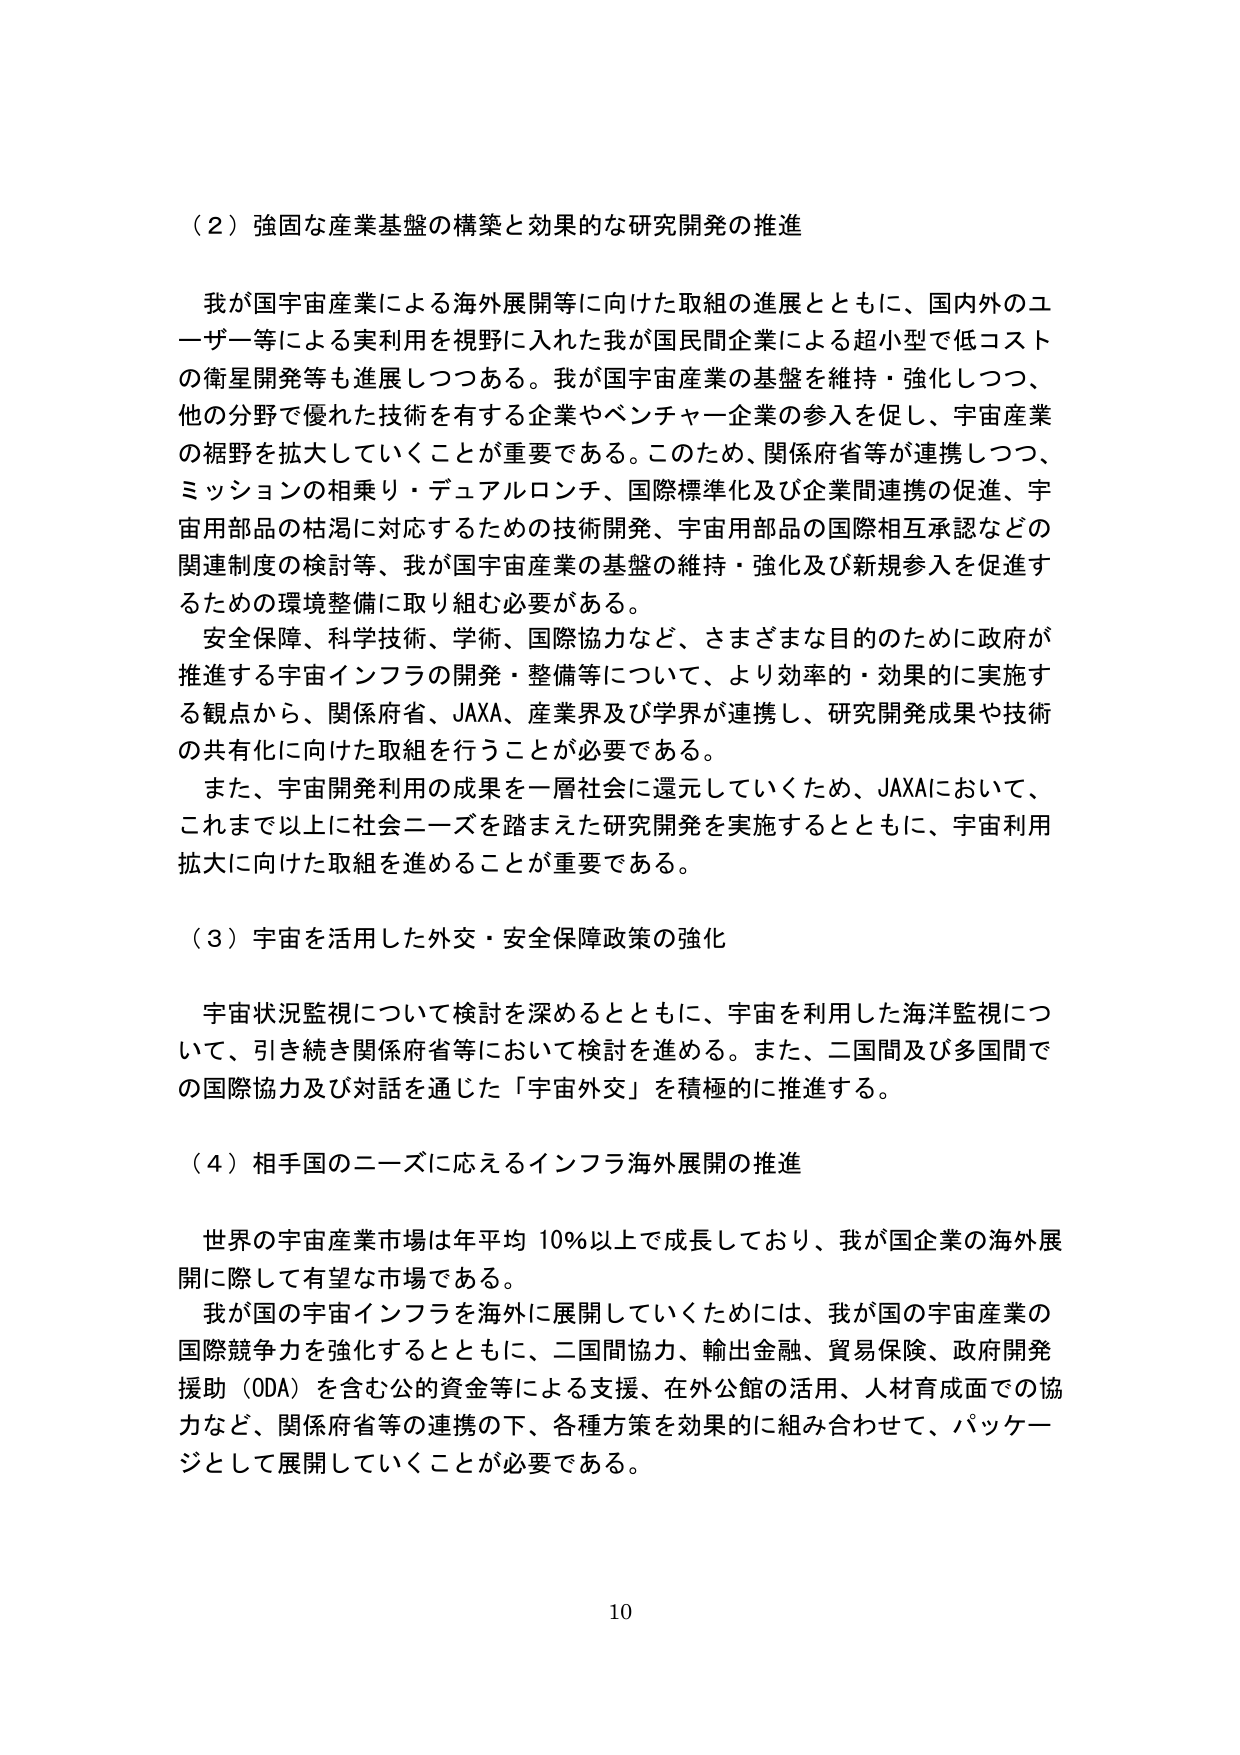
（２）強固な産業基盤の構築と効果的な研究開発の推進

我が国宇宙産業による海外展開等に向けた取組の進展とともに、国内外のユーザー等による実利用を視野に入れた我が国民間企業による超小型で低コストの衛星開発等も進展しつつある。我が国宇宙産業の基盤を維持・強化しつつ、他の分野で優れた技術を有する企業やベンチャー企業の参入を促し、宇宙産業の裾野を拡大していくことが重要である。このため、関係府省等が連携しつつ、ミッションの相乗り・デュアルローンチ、国際標準化及び企業間連携の促進、宇宙用部品の枯渇に対応するための技術開発、宇宙用部品の国際相互承認などの関連制度の検討等、我が国宇宙産業の基盤の維持・強化及び新規参入を促進するための環境整備に取り組む必要がある。

安全保障、科学技術、学術、国際協力など、さまざまな目的のために政府が推進する宇宙インフラの開発・整備等について、より効率的・効果的に実施する観点から、関係府省、JAXA、産業界及び学界が連携し、研究開発成果や技術の共有化に向けた取組を行うことが必要である。

また、宇宙開発利用の成果を一層社会に還元していくため、JAXAにおいて、これまで以上に社会ニーズを踏まえた研究開発を実施するとともに、宇宙利用拡大に向けた取組を進めることが重要である。

（３）宇宙を活用した外交・安全保障政策の強化

宇宙状況監視について検討を深めるとともに、宇宙を利用した海洋監視について、引き続き関係府省等において検討を進める。また、二国間及び多国間での国際協力及び対話を通じた「宇宙外交」を積極的に推進する。

（４）相手国のニーズに応えるインフラ海外展開の推進

世界の宇宙産業市場は年平均10％以上で成長しており、我が国企業の海外展開に際して有望な市場である。

我が国の宇宙インフラを海外に展開していくためには、我が国の宇宙産業の国際競争力を強化するとともに、二国間協力、輸出金融、貿易保険、政府開発援助（ODA）を含む公的資金等による支援、在外公館の活用、人材育成面での協力など、関係府省等の連携の下、各種方策を効果的に組み合わせて、パッケージとして展開していくことが必要である。

10